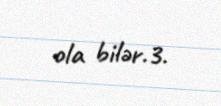
ola bilər.3.